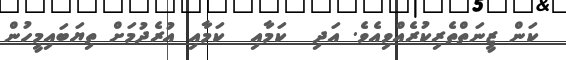
ކަން ޒީނަތްތެރިކުރެއްވިއެވެ. އަދި  ކަމާއި  ކަމާއި އުރެދުމަށް ތިޔަބައިމީހުން